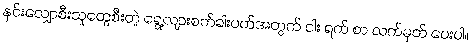
နှင်းလျှောစီးသူတွေစီးတဲ့ ရွေ့လျားစက်ခါးပတ်အတွက် ငါး ရက် စာ လက်မှတ် ပေးပါ။